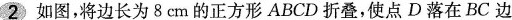
2如图，将边长为8cm的正方形ABCD折叠，使点D落在BC边